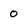
Character: 0